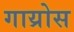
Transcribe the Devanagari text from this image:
गाय्रोस